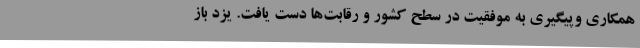
همکاری وپیگیری به موفقیت در سطح کشور و رقابت‌ها دست یافت. یزد باز